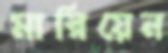
মারিয়েন